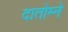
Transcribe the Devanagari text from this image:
दातोम्ने